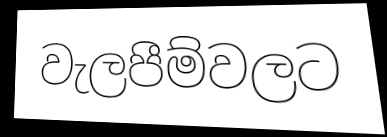
වැලපීම්වලට